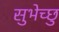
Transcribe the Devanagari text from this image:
सुभेच्छु